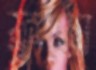
ফ্রুটো